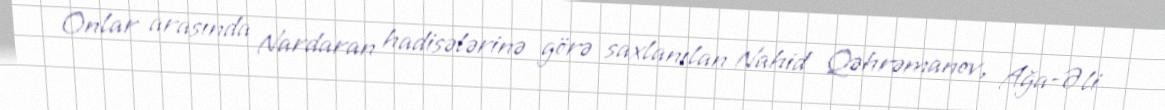
Onlar arasında Nardaran hadisələrinə görə saxlanılan Nahid Qəhrəmanov, Ağa-Əli